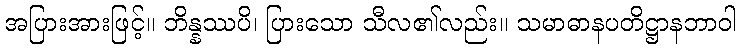
အပြားအားဖြင့်။ ဘိန္နဿပိ၊ ပြားသော သီလ၏လည်း။ သမာဓာနပတိဋ္ဌာနဘာဝါ